Report on vaccination in Madras 1895-1903 - 1895-1903
Year: 1895
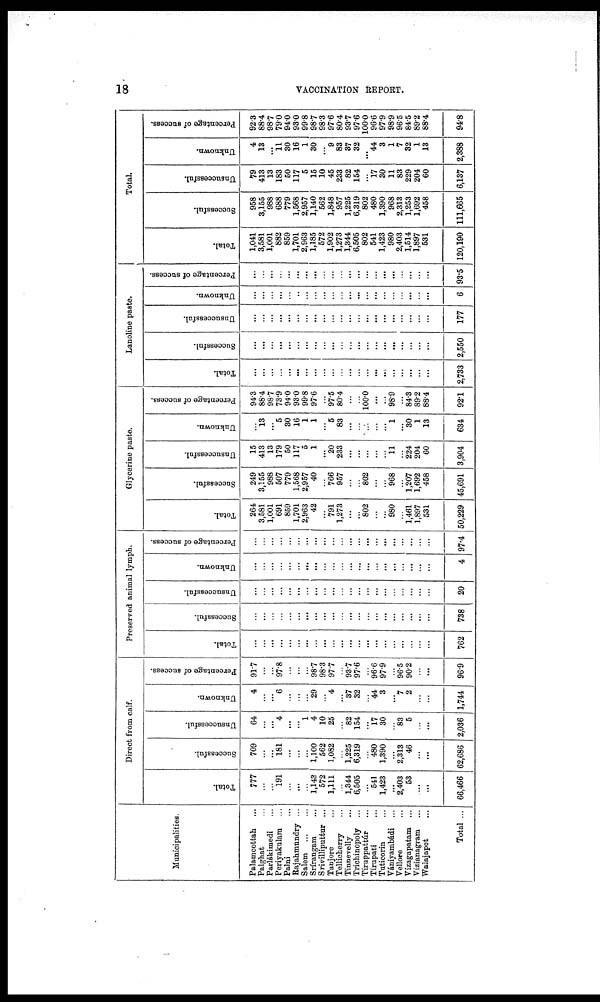
18
VACCINATION REPORT.
Municipalities.
Palamcottah...
Palghat ...
Parlákimedi...
Periyakulam ...
Palni ...
Rajahmundry ...
Salem...
...
Srírangam ...
Srivilliputtur ...
Tanjore ...
Tellicherry ...
Tinnevelly ...
Trichinopoly ...
Tiruppattúr ...
Tirnpati ...
Taticorin ...
Vaniyambádi ...
Vellore ...
Vizagapatam ...
Vizianagram ...
Walajapet ...
Total ...
Direct from calf.
Total.
777
...
...
191
...
...
...
1,143
572
1,111
...
1,344
6,505
...
541
1,423
...
2,403
53
...
...
66,466
Successful.
709
...
...
181
...
...
...
1,100
562
1,082
...
1,225
6,319
...
480
1,390
...
2,313
46
...
...
62,686
Unsuccessful.
64
...
...
4
...
...
1
4
10
25
...
82
154
...
17
30
...
83
5
...
...
2,036
Unknown.
4
...
...
6
...
...
...
29
...
4
...
37
32
...
44
3
...
7
2
...
...
1,744
Percentage of success.
91.7
...
...
97.8
...
...
...
98.7
98.3
97.7
...
93.7
97.6
...
96.6
97.9
...
96.5
90.2
...
...
96.9
Preserved animal lymph.
Total.
...
...
...
...
...
...
...
...
...
...
...
...
...
...
...
...
...
...
...
...
...
762
Successful.
...
...
...
...
...
...
...
...
...
...
...
...
...
...
...
...
...
...
...
...
...
738
Unsuccessful.
...
...
...
...
...
...
...
...
...
...
...
...
...
...
...
...
...
...
...
...
...
20
Unknown.
...
...
...
...
...
...
...
...
...
...
...
...
...
...
...
...
...
...
...
...
...
4
Percentage of success.
...
...
...
...
...
...
...
...
...
...
...
...
...
...
...
...
...
...
...
...
...
97.4
Glycerine paste.
Total.
264
3,581
1,001
691
859
1,701
2,963
42
...
791
1,273
...
...
802
...
...
980
...
1,461
1,897
531
50,229
Successful.
249
3,155
988
507
779
1,568
2,957
40
...
766
957
...
...
802
...
...
968
...
1,207
1,692
458
45,691
Unsuccessful.
15
413
13
179
50
117
5
1
...
20
233
...
...
...
...
...
11
...
224
204
60
3,904
Unknown.
...
13
...
5
30
16
1
1
...
5
83
...
...
...
...
...
1
...
30
1
13
634
Percentage of success.
94.3
88.4
98.7
73.9
94.0
93.0
99.8
97.6
...
97.5
80.4
...
...
100.0
...
...
98.9
...
84.3
89.2
88.4
92.1
Lanoline paste.
Total.
...
...
...
...
...
...
...
...
...
...
...
...
...
...
...
...
...
...
...
...
...
2,733
Successful.
...
...
...
...
...
...
...
...
...
...
...
...
...
...
...
...
...
...
...
...
...
2,550
Unsuccessful.
...
...
...
...
...
...
...
...
...
...
...
...
...
...
...
...
...
...
...
...
...
177
Unknown.
...
...
...
...
...
..
...
...
...
...
...
...
...
...
...
...
...
...
...
...
...
6
Percentage of success.
...
...
...
...
...
...
...
...
...
...
...
...
...
...
...
...
...
...
...
...
...
93.5
Total.
Total.
1,041
3,581
1,001
882
859
1,701
2,963
1,185
572
1,902
1,273
1,344
6,505
802
541
1,423
980
2,403
1,514
1,897
531
120,190
Successful.
958
3,155
988
688
779
1,568
2,957
1,140
562
1,848
957
1,225
6,319
802
480
1,390
968
2,313
1,253
1,692
458
111,665
Unsuccessful.
79
413
13
183
50
117
5
15
10
45
233
82
154
...
17
30
11
83
229
204
60
6,137
Unknown.
4
13
...
11
30
16
1
30
...
9
83
37
32
...
44
3
1
7
32
1
13
2,388
Percentage of success.
92.3
88.4
98.7
79.0
94.0
93.0
99.8
98.7
98.3
97.6
80.4
93.7
97.6
100.0
96.6
97.9
98.9
96.5
84.5
89.2
88.4
94.8